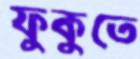
ফুকুতে